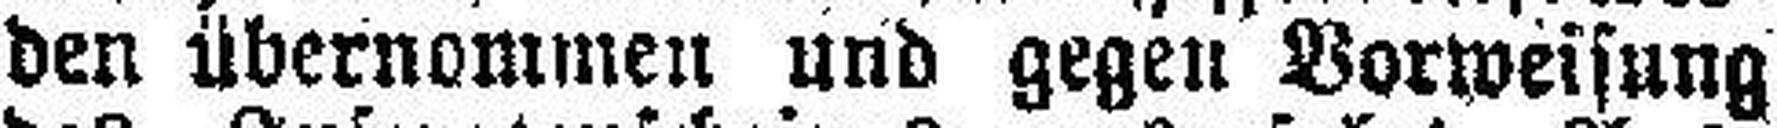
den übernommen und gegen Vorweisung